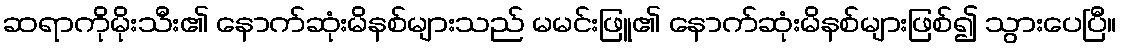
ဆရာကိုမိုးသီး၏ နောက်ဆုံးမိနစ်များသည် မမင်းဖြူ၏ နောက်ဆုံးမိနစ်များဖြစ်၍ သွားပေပြီ။